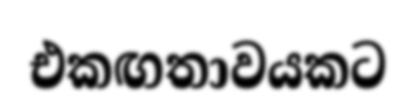
එකඟතාවයකට